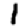
Digit: 1